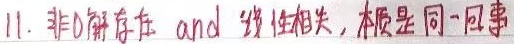
11. 非 0 解存在且线性相关，本质是同一回事。